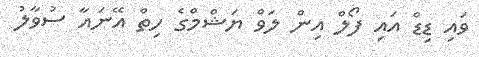
ވައި ޑިޑް އައި ފޯލް އިން ލަވް ޔަޝްމްގެ ހިތް އޭނައާ ސުވާލު